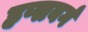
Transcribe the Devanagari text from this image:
हप्सबर्ग